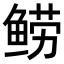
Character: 𬶗